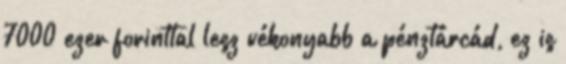
7000 ezer forinttal lesz vékonyabb a pénztárcád, ez is